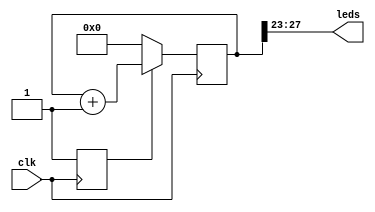
//-- Counter example

module counter #(
        parameter N = 29          //-- Counter bits lentgh
  )(
        input wire clk,
        output wire [4:0] leds
);

reg [N-1:0] cont;
reg rstn = 0;

//-- Initialization
always @(posedge clk)
  rstn <= 1;

//-- counter, with synchronous reset
always @(posedge clk)
  if (!rstn)
    cont <= 0;
  else
    cont <= cont + 1;

//-- Connect the 5 most significant bits to the leds
assign leds = cont[N-1: N-6];

endmodule